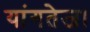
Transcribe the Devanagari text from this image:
यांगतेज।